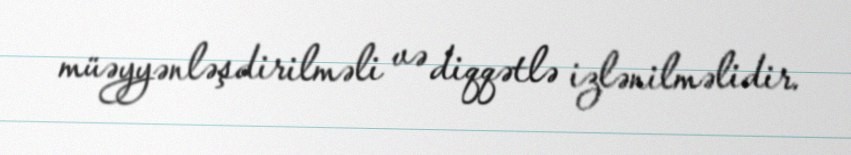
müəyyənləşdirilməli və diqqətlə izlənilməlidir.